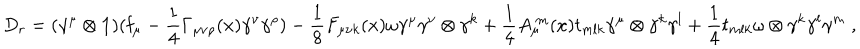
D _ { r } = ( \gamma ^ { \mu } \otimes \mathbf { 1 } ) ( \mathbf { f } _ { \mu } - \frac { 1 } { 4 } \Gamma _ { \mu \nu \rho } ( x ) \gamma ^ { \nu } \gamma ^ { \rho } ) - \frac { 1 } { 8 } F _ { \mu \nu k } ( x ) \omega \gamma ^ { \mu } \gamma ^ { \nu } \otimes \gamma ^ { k } + \frac { 1 } { 4 } A _ { \mu } ^ { \; m } ( x ) t _ { m l k } \gamma ^ { \mu } \otimes \gamma ^ { k } \gamma ^ { l } + \frac { 1 } { 4 } t _ { m l k } \omega \otimes \gamma ^ { k } \gamma ^ { l } \gamma ^ { m } \; ,